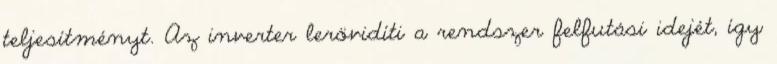
teljesítményt. Az inverter lerövidíti a rendszer felfutási idejét, így